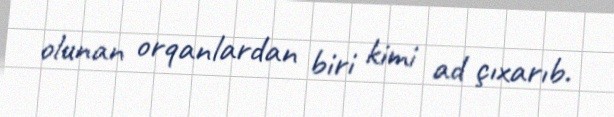
olunan orqanlardan biri kimi ad çıxarıb.